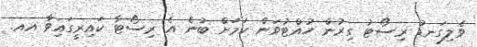
ވެލިގަނޑު ރިސޯޓު ގިރުން ހުއްޓުވަން ކަމަށް ބުނެ އެ ރިސޯޓާ ކައިރީގައިވާ އއ.